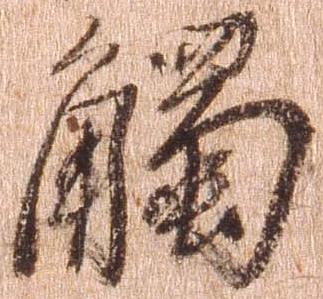
触